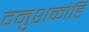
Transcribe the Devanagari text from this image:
दनुशकोडि